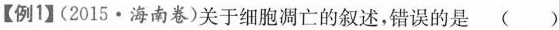
【例1】(2015·海南卷)关于细胞凋亡的叙述，错误的是 ( )